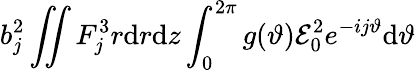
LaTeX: b_{j}^{2}\iint F_{j}^{3}r\mathrm{d}r\mathrm{d}z\int_{0}^{2\pi}g(\vartheta){\cal E}_{0}^{2}e^{-ij\vartheta}\mathrm{d}\vartheta